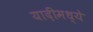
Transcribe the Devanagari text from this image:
यादींमध्ये